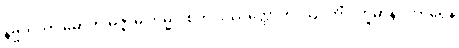
နိဗ္ဗိတက္ကာ မောတိ မဇ္ဇာမိ ကမ္မဝါစကံ ဝိဿတ္ထောတိ ဩဒဟိံ ဝက္ခမာနပ္ပကာရေန